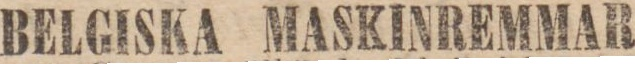
BELGISKA MASKINREMMAR